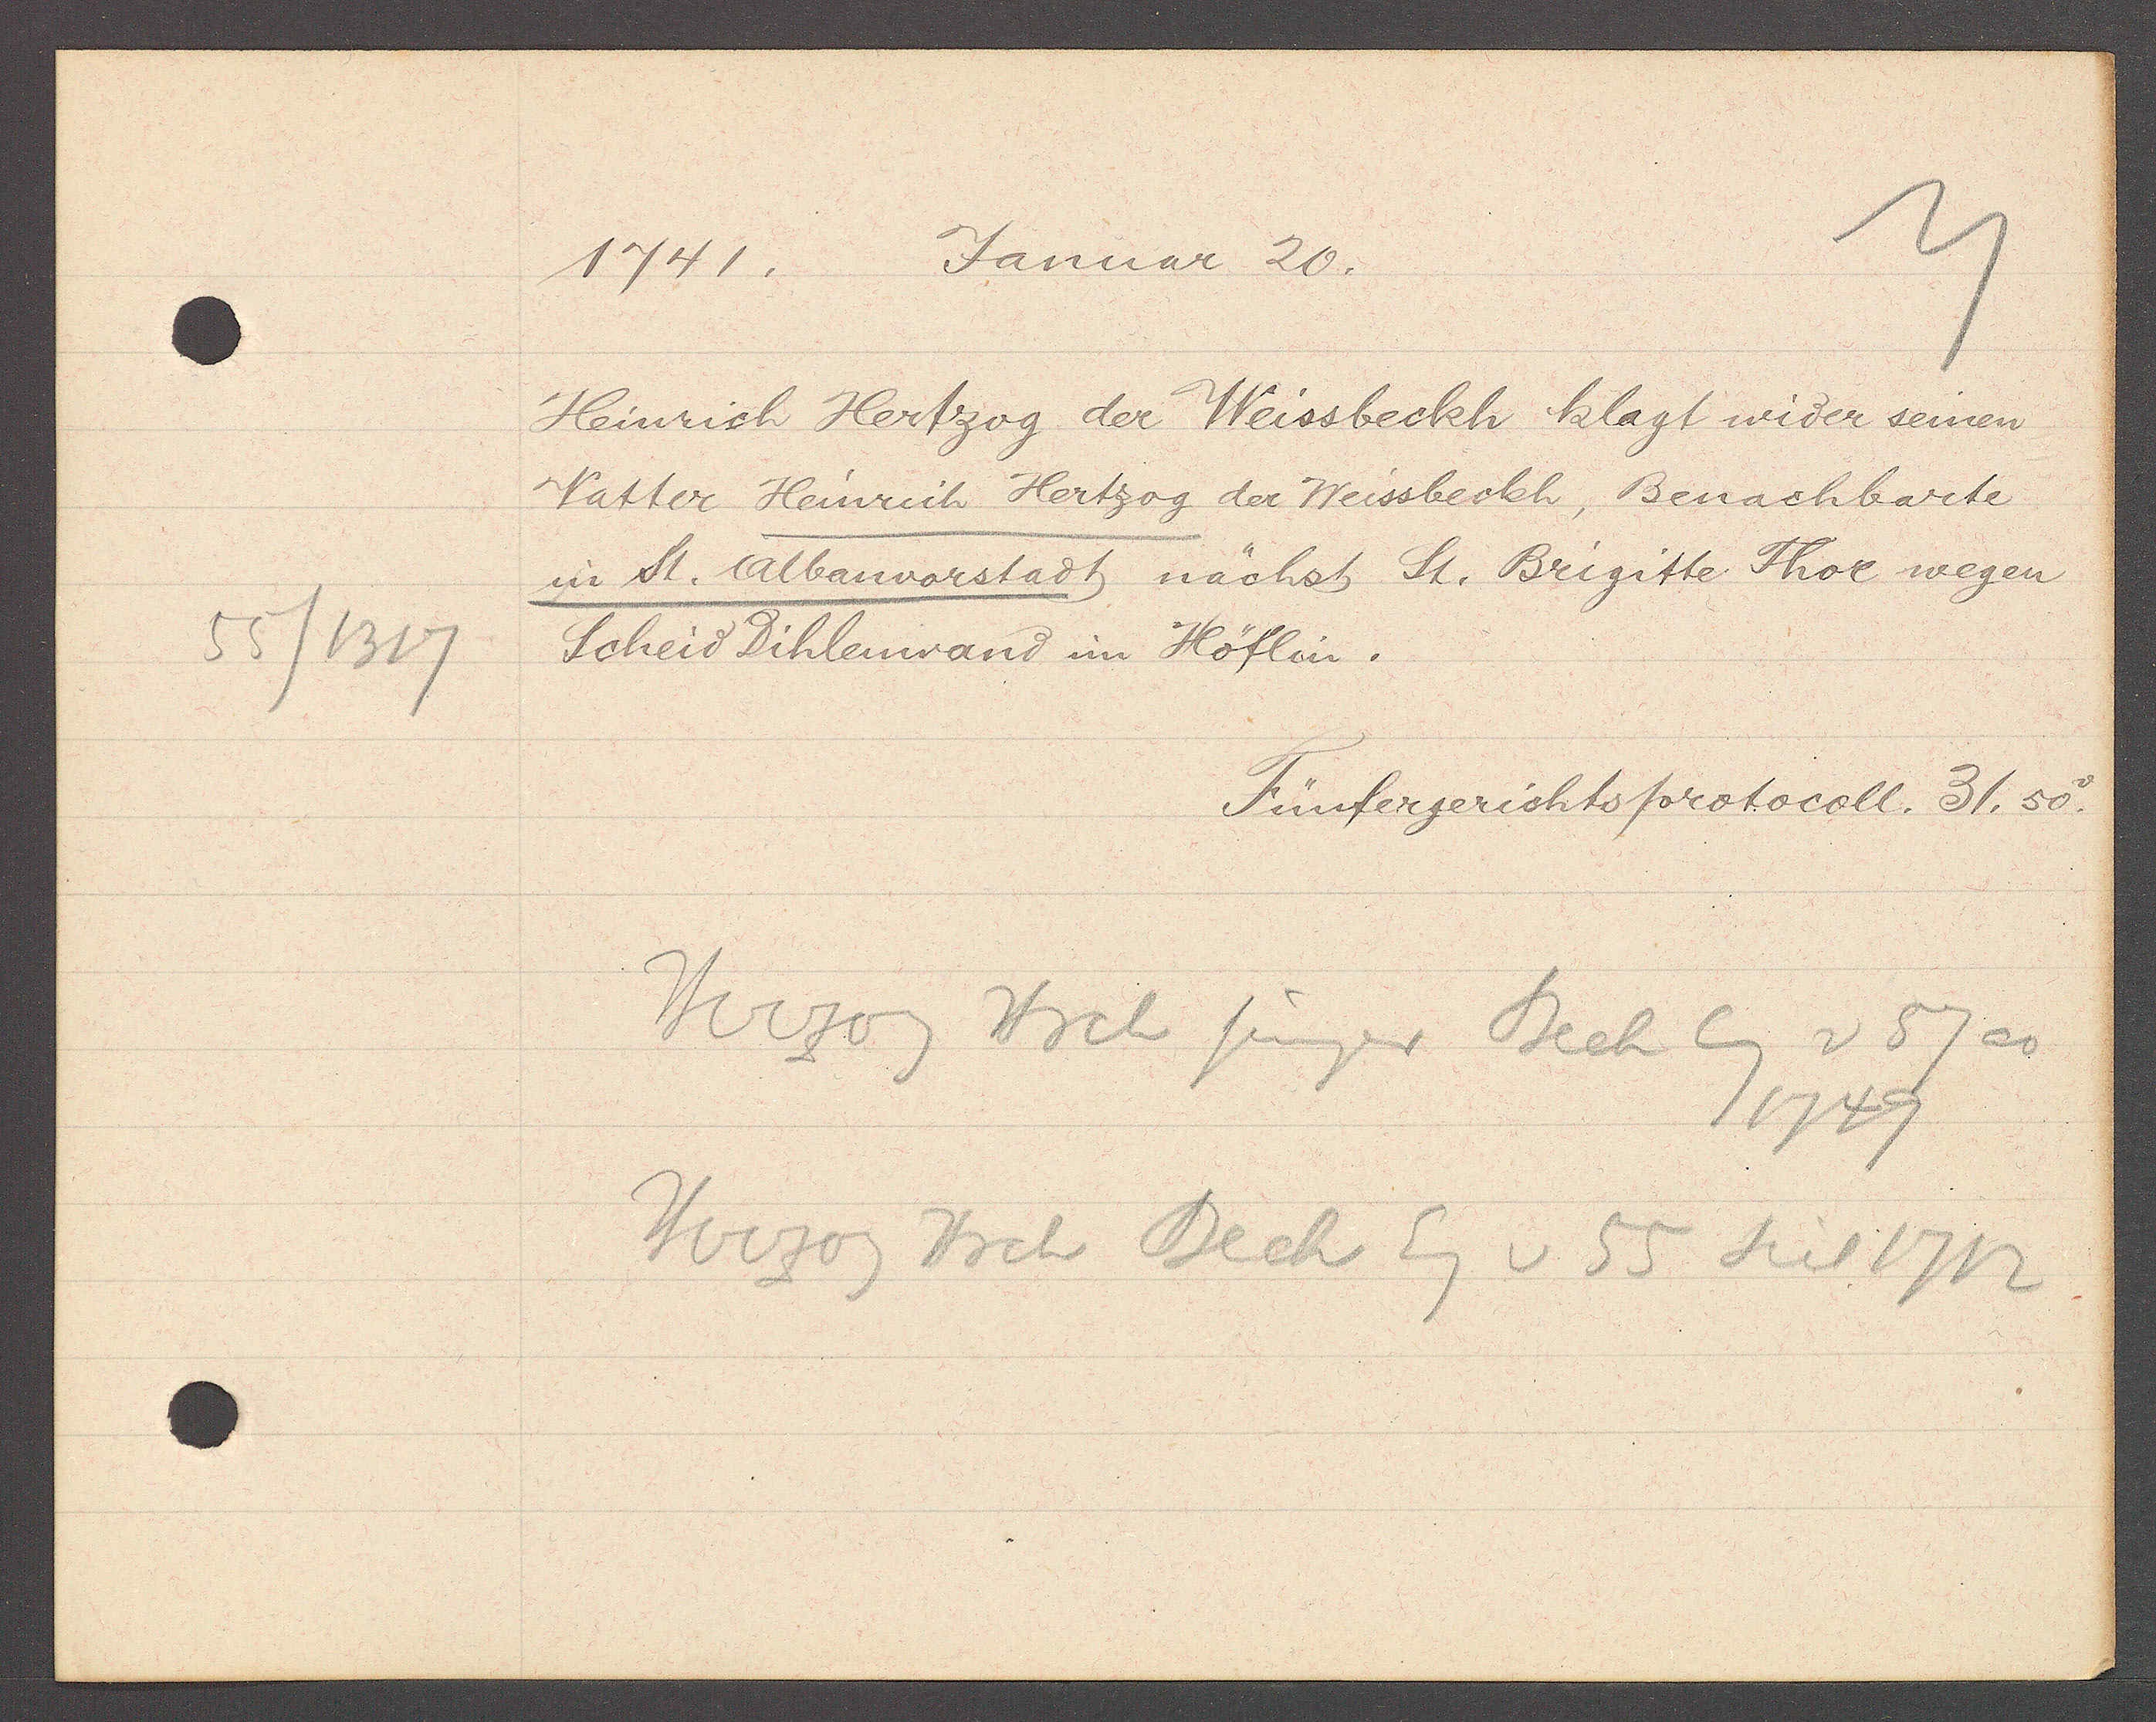
Transcript:
55/1317

Januar 20.
1741.

Heinrich Hertzog der Weissbeckh klagt wider seinen
Vatter Heinrich Hertzog der Weissbeckh, Benachbarte
in St. Albanvorstadt nächst St. Brigitte Thor wegen
Scheid Dihlenwand im Höflin.

Fünfergerichtsprotocoll. 31. 50.

Herzog Hrch jünger Bech Eg v 57 ao
1749
Herzog Hrch Bech Eg v 55 seit 1712